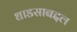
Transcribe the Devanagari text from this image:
धाडसाबद्दल